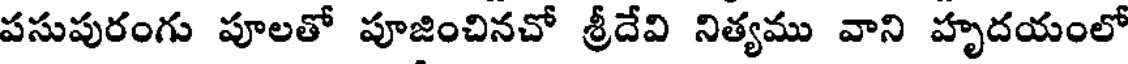
పసుపురంగు పూలతో పూజించినచో శ్రీదేవి నిత్యము వాని హృదయంలో